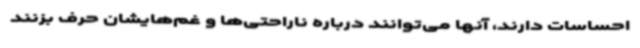
احساسات دارند، آنها می‌توانند درباره ناراحتی‌ها و غم‌هایشان حرف بزنند